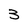
Character: 3